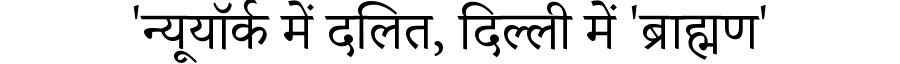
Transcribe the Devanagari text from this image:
'न्यूयॉर्क में दलित, दिल्ली में 'ब्राह्मण'